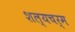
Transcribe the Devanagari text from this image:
शल्यचर्म